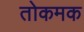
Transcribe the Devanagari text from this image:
तोकमक